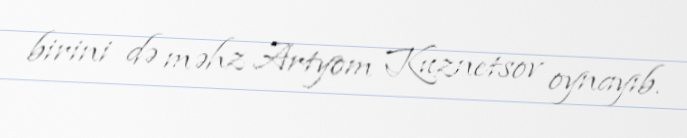
birini də məhz Artyom Kuznetsov oynayıb.